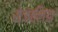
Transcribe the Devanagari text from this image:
रोजालिंडा